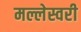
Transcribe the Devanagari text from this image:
मल्लेस्वरी